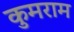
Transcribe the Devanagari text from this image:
कुमराम